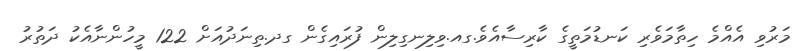
މަރުވި އެއްމެ ހިތާމަވެރި ކަނޑުމަތީގެ ކާރިސާއެވެ.ގއ.ވިލިނގިލިން ފުރައިގެން ގދ.ތިނަދުއަށް 122 މީހުންނާއެކު ދަތުރު